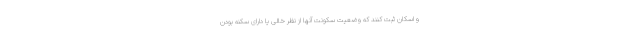
و اسکان ثبت کنند که وضعیت سکونت آنها از نظر خالی یا دارای سکنه بودن